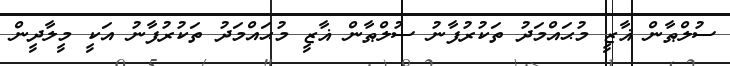
ސުލްޠާން ޣާޒީ މުޙައްމަދު ތަކުރުފާނު ސުލްޠާން ޣާޒީ މުޙައްމަދު ތަކުރުފާނު އަކީ މީލާދީން